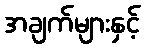
အချက်များနှင့်